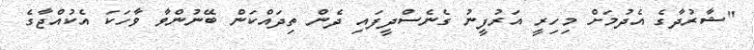
"ޝާރުދާގެ އެދުމަށް މިހިރީ އަރުފީނު ގެނެސްދީފައި ދެން ތިދައްކަން ބޭނުންވާ ވާހަކަ އެކުއްޖާގެ